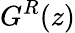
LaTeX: G^{R}(z)